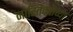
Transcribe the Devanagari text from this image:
नास्तिकतेच्या